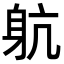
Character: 𨈢